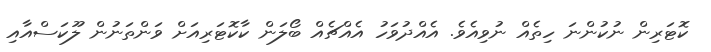
ކޮޓަރިން ނުކުންނަ ހިތެއް ނުވިއެވެ. އެއްދުވަހު އެއްޗެއް ބޯލަން ކާކޮޓަރިއަށް ވަންތަނުން ލޫކަސްއާއި